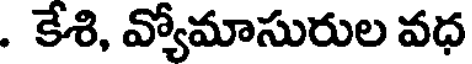
. కేశి, వ్యోమాసురుల వధ